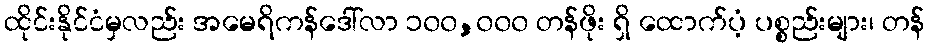
ထိုင်းနိုင်ငံမှလည်း အမေရိကန်ဒေါ်လာ ၁၀၀,၀၀၀ တန်ဖိုး ရှိ ထောက်ပံ့ ပစ္စည်းများ၊ တန်